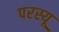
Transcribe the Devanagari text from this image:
परस्यू